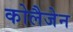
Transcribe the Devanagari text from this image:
कोलैजेन